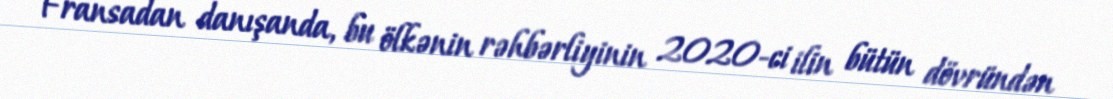
Fransadan danışanda, bu ölkənin rəhbərliyinin 2020-ci ilin bütün dövründən